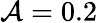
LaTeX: \mathcal{A}=0.2